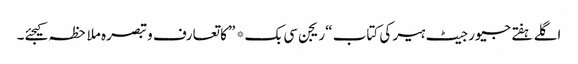
اگلے ہفتے جیورجیٹ ہیر کی کتاب “ریجن سی بک* ” کا تعارف و تبصرہ ملاحظہ کیجئے۔